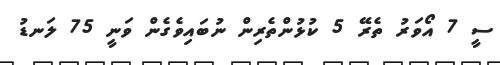
ސީ 7 އޯވަރު ތެރޭ 5 ކުޅުންތެރިން ނުބައިވެގެން ވަނީ 75 ލަނޑު